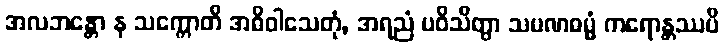
အလဘန္တော န သက္ကောတိ အဓိဝါသေတုံ, အရညံ ပဝိသိတွာ သမဏဓမ္မံ ကရောန္တဿပိ